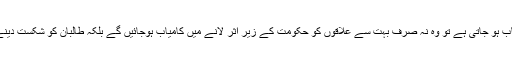
ان کو یہ امید تھی کہ اگر حکومت اس حکمت عملی میں کامیاب ہو جاتی ہے تو وہ نہ صرف بہت سے علاقوں کو حکومت کے زیر اثر لانے میں کامیاب ہوجائیں گے بلکہ طالبان کو شکست دینے کے لیے ان کو درکار عوامی مدد بھی حاصل ہو جائے گی۔